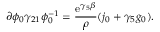
\partial \phi _ { 0 } \gamma _ { 2 1 } \phi _ { 0 } ^ { - 1 } = \frac { \mathrm { e } ^ { \gamma _ { 5 } \beta } } { \rho } ( j _ { 0 } + \gamma _ { 5 } g _ { 0 } ) .